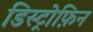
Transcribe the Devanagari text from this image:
डिस्ट्रोफ़िन